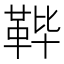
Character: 𱁴